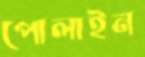
পোলাইন